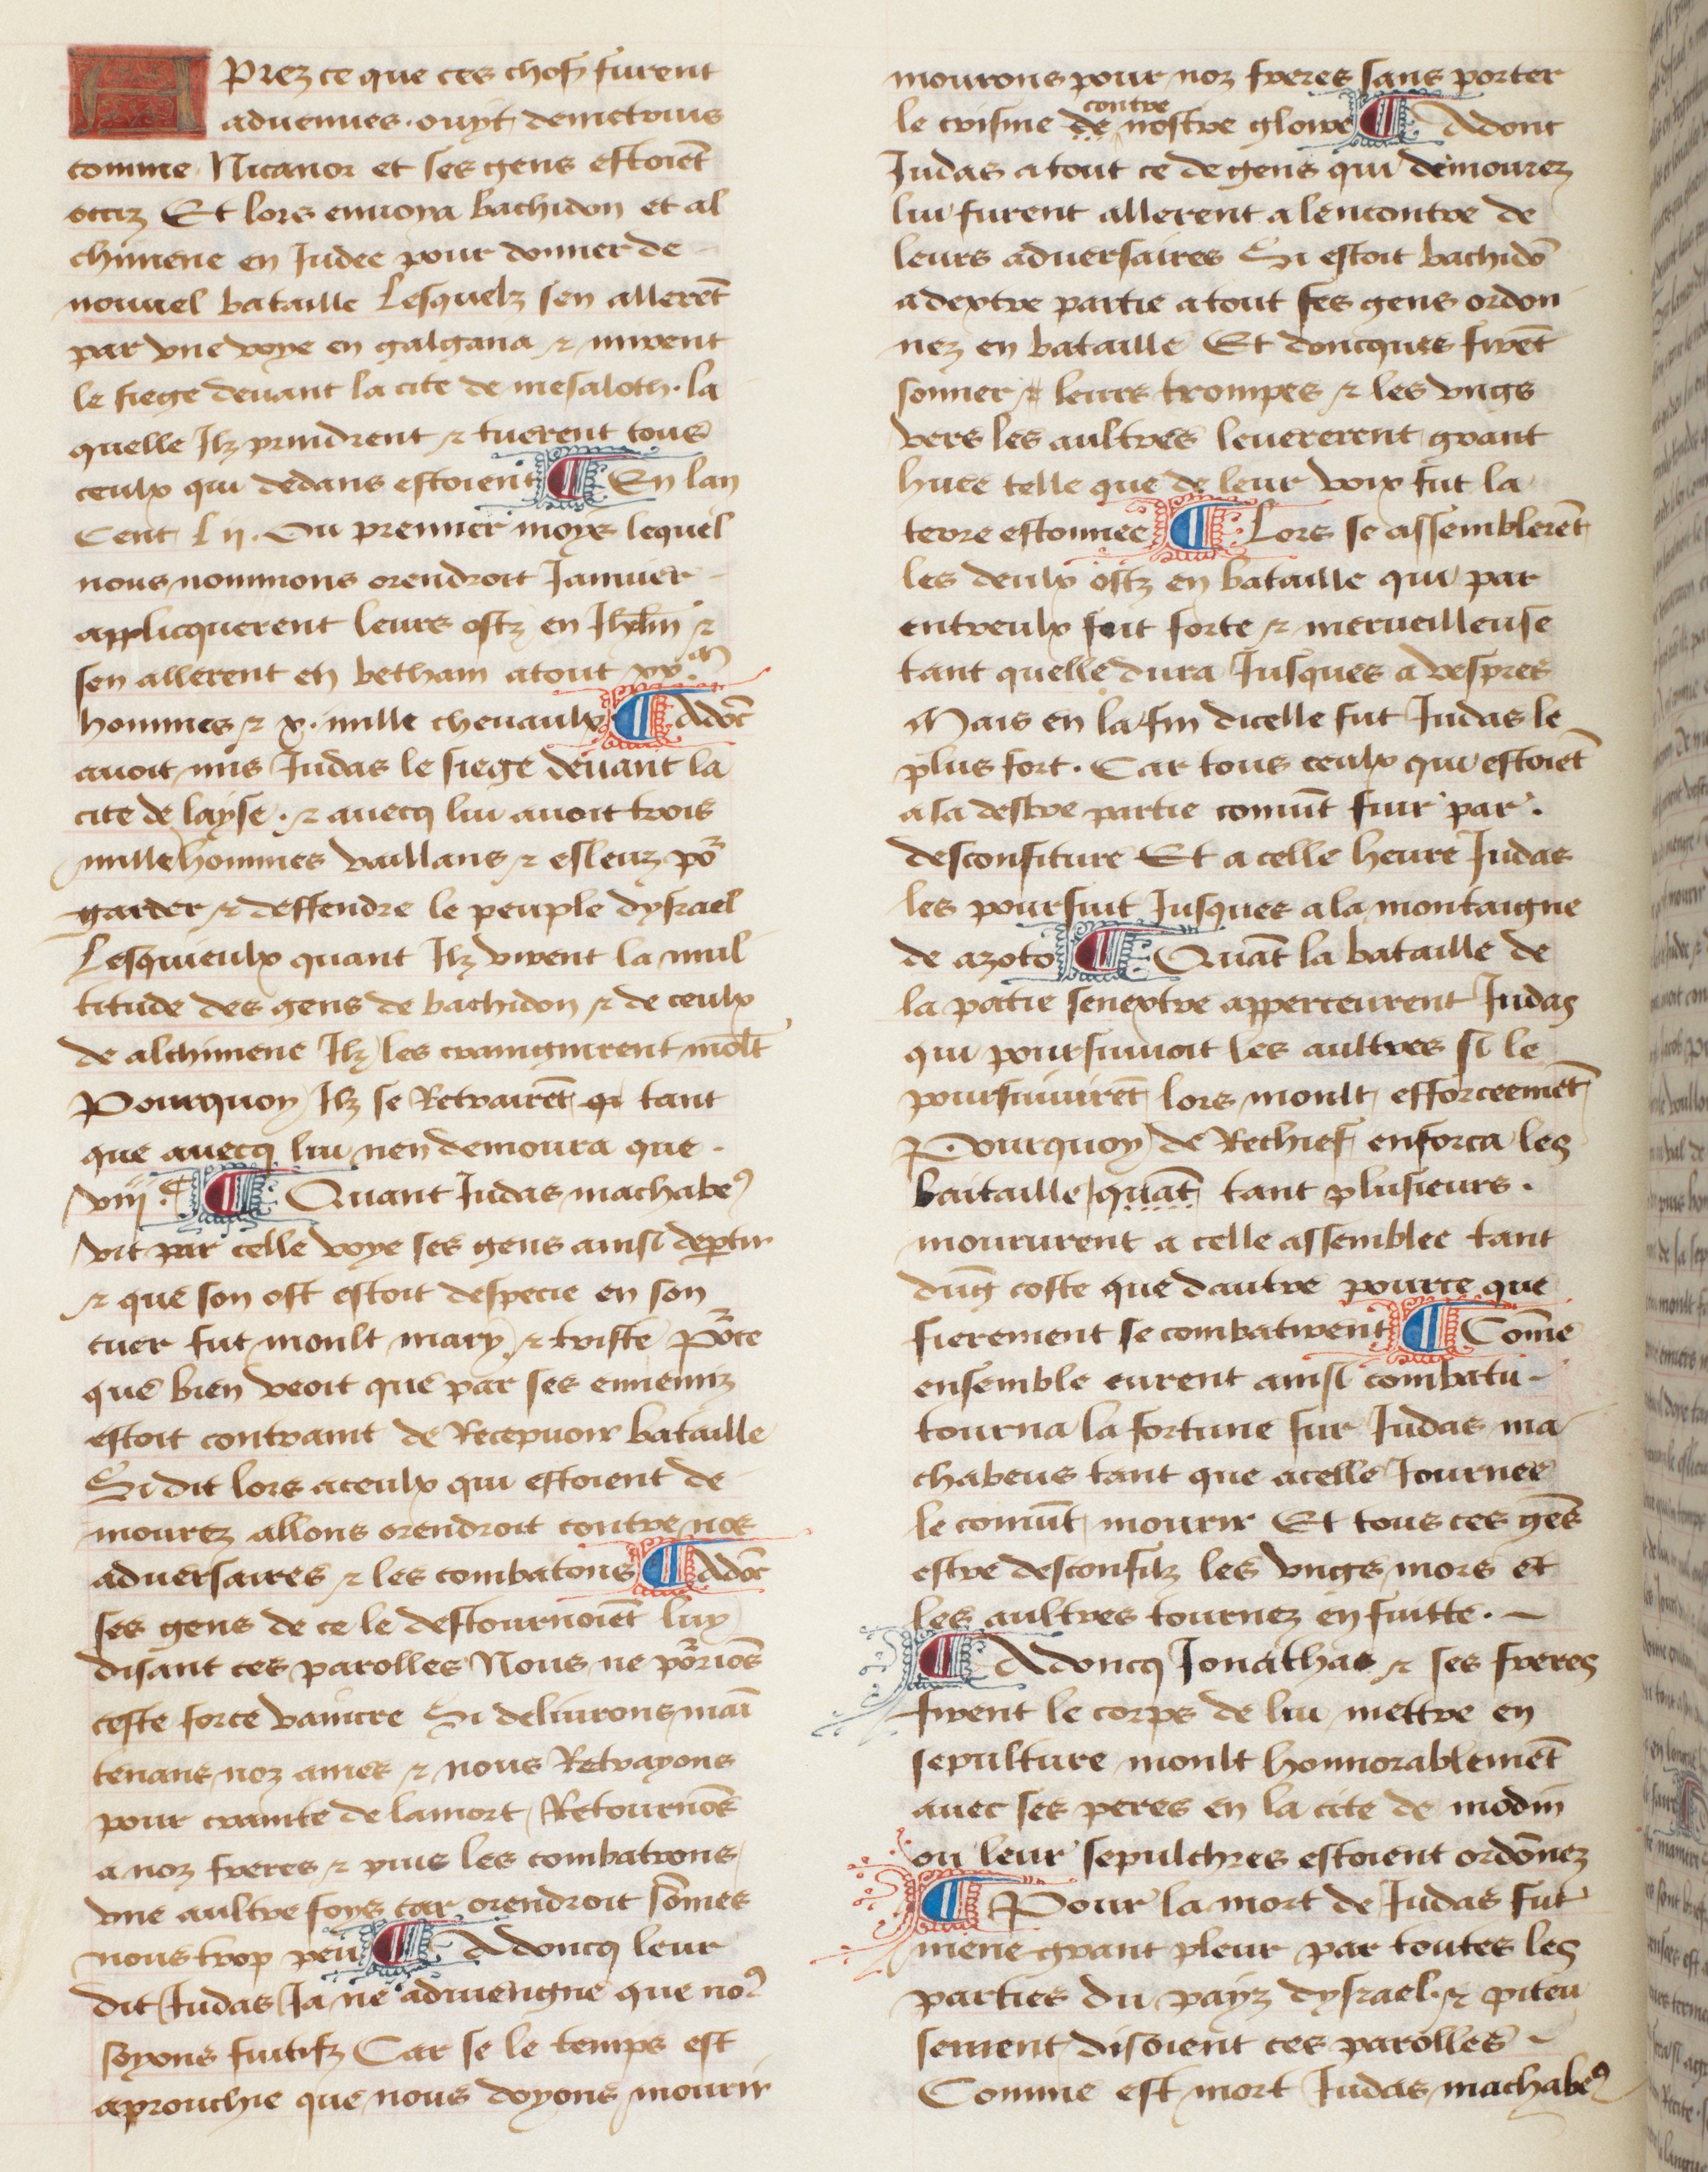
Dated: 1457–1482